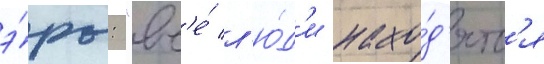
э́ры: "вс'е́ л'ю́д'и нахо́д'ятс'я